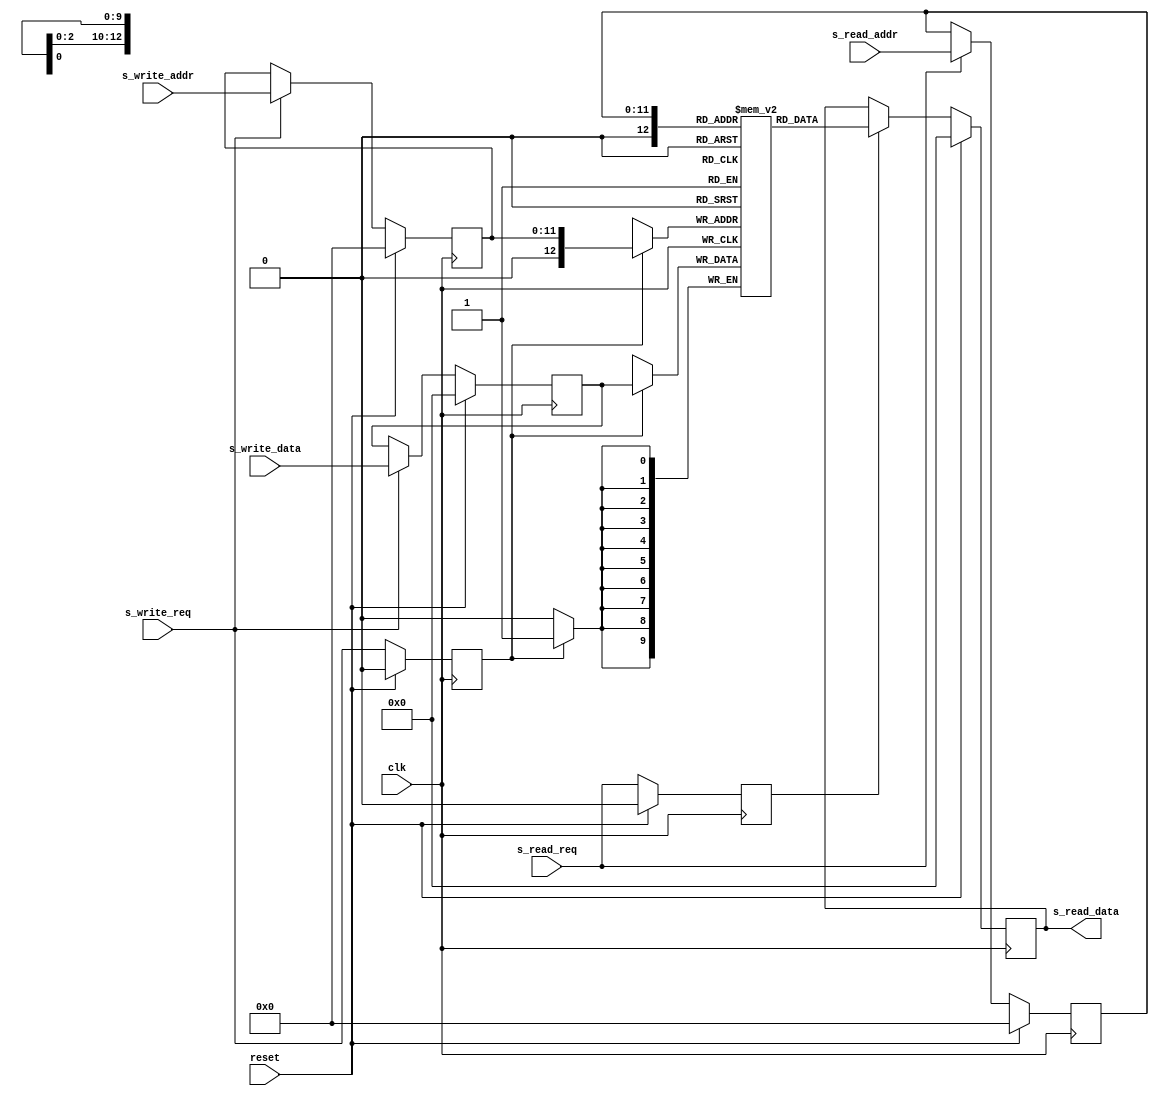
module ram
#(
  parameter integer DATA_WIDTH    = 10,
  parameter integer ADDR_WIDTH    = 12,
  parameter         RAM_TYPE      = "block"
)
(
  input  wire                         clk,
  input  wire                         reset,

  input  wire                         s_read_req,
  input  wire [ ADDR_WIDTH  -1 : 0 ]  s_read_addr,
  output reg  [ DATA_WIDTH  -1 : 0 ]  s_read_data,

  input  wire                         s_write_req,
  input  wire [ ADDR_WIDTH  -1 : 0 ]  s_write_addr,
  input  wire [ DATA_WIDTH  -1 : 0 ]  s_write_data
);

  (* RAM_STYLE = RAM_TYPE *)
  reg  [ DATA_WIDTH -1 : 0 ] mem [ 0 : 1<<ADDR_WIDTH ];
  reg[ADDR_WIDTH-1:0] rd_addr;
  reg[ADDR_WIDTH-1:0] wr_addr;
  reg[DATA_WIDTH-1:0] wr_data;

  reg rd_addr_v;
  reg wr_addr_v;

  always @(posedge clk)
    if (reset)
      rd_addr_v <= 1'b0;
    else
      rd_addr_v <= s_read_req;

  always @(posedge clk)
  begin
    if (reset)
      rd_addr <= 0;
    else if (s_read_req)
      rd_addr <= s_read_addr;
  end

  always @(posedge clk)
  begin
    if (reset)
    begin
      wr_addr <= 0;
    end
    else if (s_write_req)
    begin
      wr_addr <= s_write_addr;
    end
  end

  always @(posedge clk)
    if (reset)
      wr_addr_v <= 1'b0;
    else
      wr_addr_v <= s_write_req;

  always @(posedge clk)
    if (reset)
      wr_data <= 0;
    else if (s_write_req)
      wr_data <= s_write_data;


  always @(posedge clk)
  begin: RAM_WRITE
    if (wr_addr_v)
      mem[wr_addr] <= wr_data;
  end

  always @(posedge clk)
  begin: RAM_READ
    if (reset)
      s_read_data <= 0;
    else if (rd_addr_v)
      s_read_data <= mem[rd_addr];
  end
endmodule